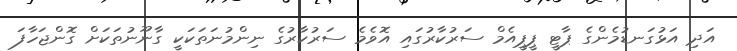
އަދި އަޅުގަނޑުމެންގެ ޕާޓީ ޕީޕީއެމް ސަރުކާރުގައި އޮވެމެ ސަރުކާރުގެ ނިންމުނަތަކަކީ ގާނޫނުތަކަށް ގޮންޖަހާފަ